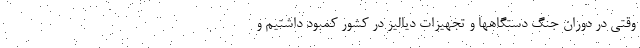
وقتی در دوران جنگ دستگاهها و تجهیزات دیالیز در کشور کمبود داشتیم و